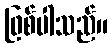
ဖြစ်ပါသည်။